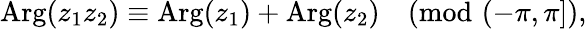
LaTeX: \operatorname{Arg}(z_{1}z_{2})\equiv\operatorname{Arg}(z_{1})+\operatorname{Arg}(z_{2}){\pmod{(-\pi,\pi]}},